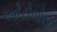
ઓરોબોરસ